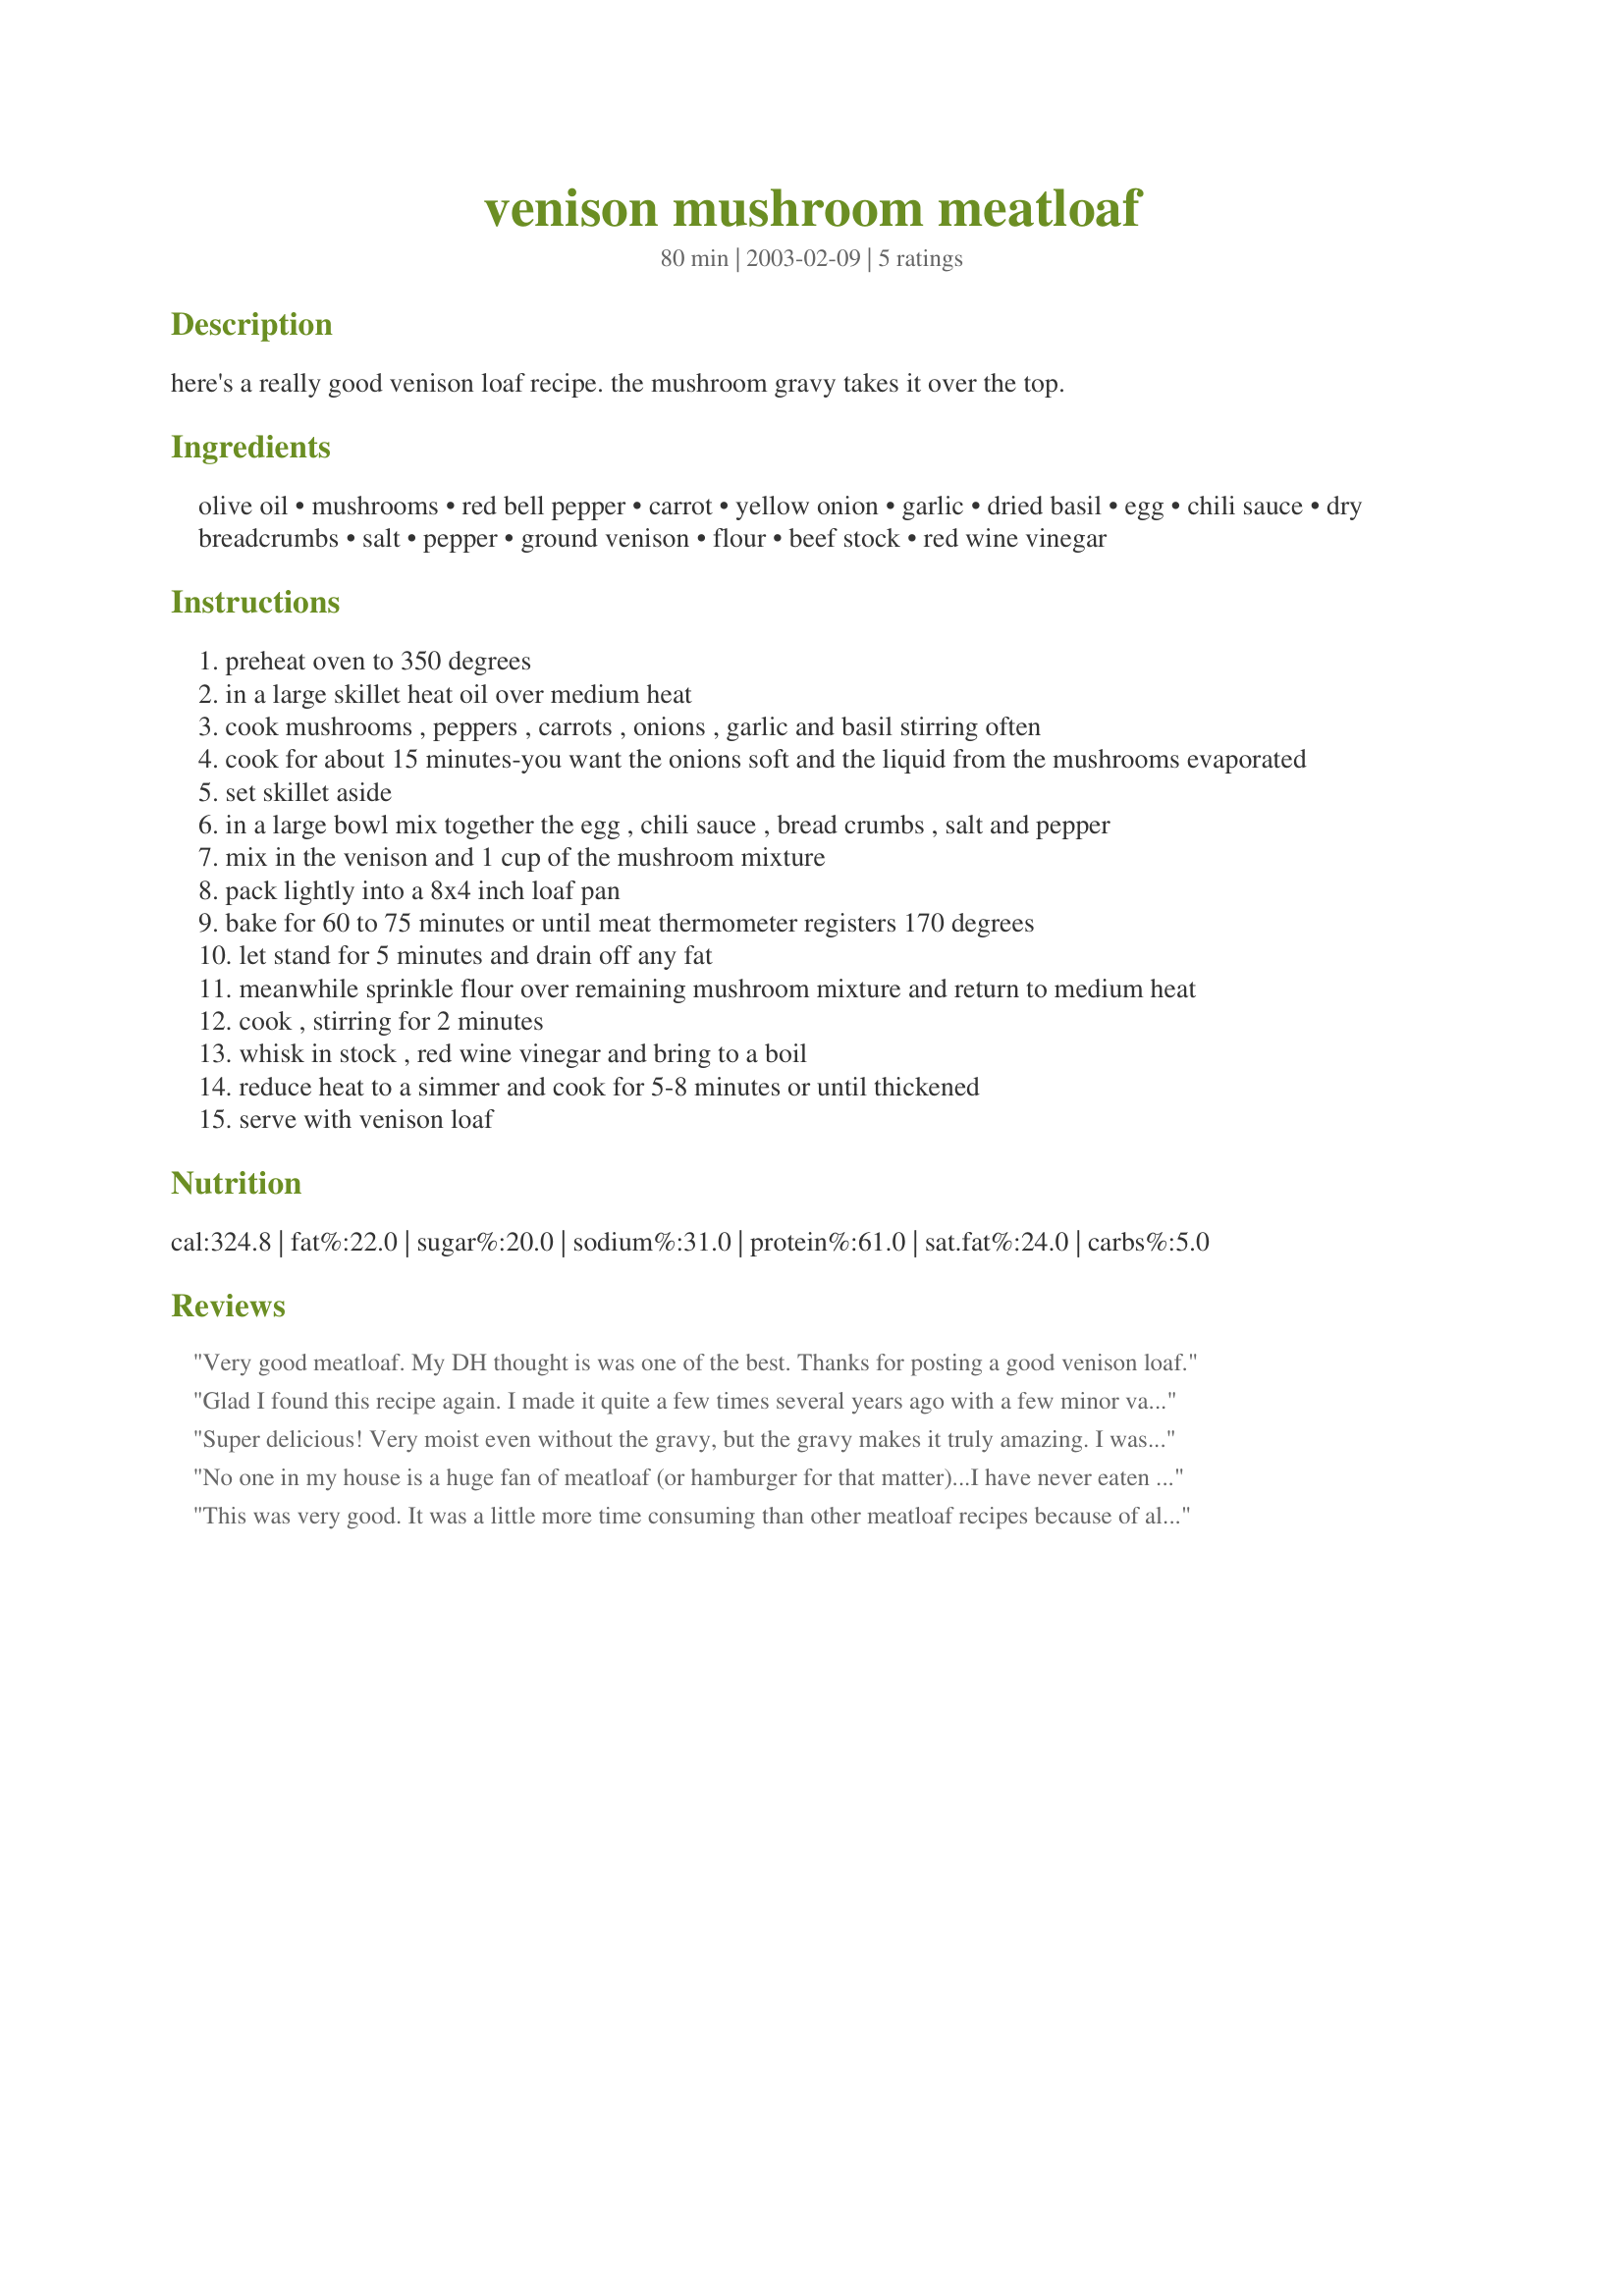
venison mushroom meatloaf
Preparation time: 80 minutes

here's a really good venison loaf recipe. the mushroom gravy takes it over the top.

Ingredients:
olive oil, mushrooms, red bell pepper, carrot, yellow onion, garlic, dried basil, egg, chili sauce, dry breadcrumbs, salt, pepper, ground venison, flour, beef stock, red wine vinegar

Steps:
preheat oven to 350 degrees
in a large skillet heat oil over medium heat
cook mushrooms , peppers , carrots , onions , garlic and basil stirring often
cook for about 15 minutes-you want the onions soft and the liquid from the mushrooms evaporated
set skillet aside
in a large bowl mix together the egg , chili sauce , bread crumbs , salt and pepper
mix in the venison and 1 cup of the mushroom mixture
pack lightly into a 8x4 inch loaf pan
bake for 60 to 75 minutes or until meat thermometer registers 170 degrees
let stand for 5 minutes and drain off any fat
meanwhile sprinkle flour over remaining mushroom mixture and return to medium heat
cook , stirring for 2 minutes
whisk in stock , red wine vinegar and bring to a boil
reduce heat to a simmer and cook for 5-8 minutes or until thickened
serve with venison loaf

Reviews:
Very good meatloaf. My DH thought is was one of the best. Thanks for posting a good venison loaf.
Glad I found this recipe again. I made it quite a few times several years ago with a few minor variations (homemade chili sauce, either oatmeal for breadcrumbs or add an extra egg) and it turned out great every time. Thank you!
Super delicious! Very moist even without the gravy, but the gravy makes it truly amazing. I was heating this up at work in the microwave and customers coming in were commenting on how great it smelled. I gave one customer the recipe after telling her it was made with venison, which is bountiful around here. I love the added vegetables which make it more nutritious. I made my own chili sauce, since I didn't have any. I will definitely make this again.
No one in my house is a huge fan of meatloaf (or hamburger for that matter)...I have never eaten a meatloaf and wanted a second slice. As kids we ate it, because that was what was served for dinner. But, when I stumbled across this recipe...I just had to give it a try. I snagged a package of venison from my brother...which was fairly easy to do- because I was asking for hamburger!!! (everyone asks for steaks... no one asks for hamburg)I didn't have chili sauce...but I used unsmokey, not too sweet bbq sauce. I also didn't have sweet bell peppers - so I used a serrano and jalapeno mix. (they actually weren't too spicy...) I agree with Ronamay that the meatloaf stood well on its ownâ€¦ but the gravy was full of flavor and a nice addition (I had one slice with the gravy and one slice without and both were equally delicious). We all went back for seconds and my 9 year old went back for a third (and he wasn't using catsup)! He said twice "You HAVE to make that again!".. My fiancÃ©...."That's the best meatloaf I've ever had!" Thank you so very much for posting this.
This was very good. It was a little more time consuming than other meatloaf recipes because of all the veggie chopping, but was well worth it. It was extremely moist which says alot for a meatloaf made with only venison meat. FYI: the 5 cups of sliced mushrooms turned out to be exactly a 12 oz container. Also, the meatloaf actually stands very well on it's own. It is so full of flavor, but the gravy is definately a nice addition. Great way to use up all that ground venison. Thanks for a great meatloaf recipe!
